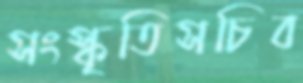
সংস্কৃতিসচিব